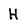
Character: H